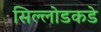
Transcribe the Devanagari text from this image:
सिल्लोडकडे